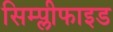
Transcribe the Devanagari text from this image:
सिम्प्लीफाइड